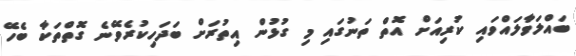
ބައްލަވާލައްވައި ކުރިއަށް އޮތް ތަނުގައި މި ގުޅުން އިތުރަށް ބަދަހިކުރެވޭނެ ގޮތްތަކާ ބެހޭ